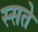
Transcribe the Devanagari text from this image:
स्सते